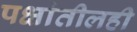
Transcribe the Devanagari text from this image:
पक्षांतीलही